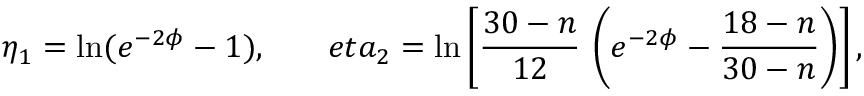
\eta _ { 1 } = \ln ( e ^ { - 2 \phi } - 1 ) , \ \ \ \ \ \, e t a _ { 2 } = \ln \left[ \frac { 3 0 - n } { 1 2 } \, \left( e ^ { - 2 \phi } - \frac { 1 8 - n } { 3 0 - n } \right) \right] ,